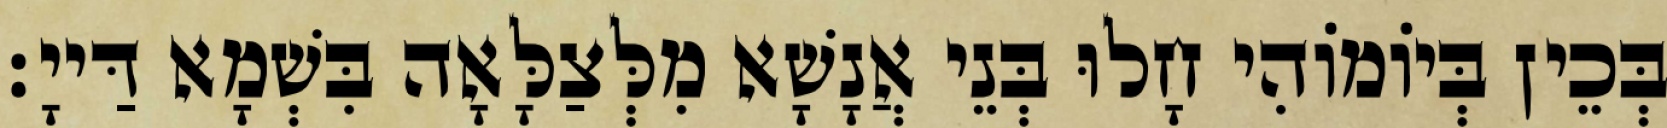
בְּכֵין בְּיוֹמוֹהִי חָלוּ בְּנֵי אֲנָשָׁא מִלְּצַלָּאָה בִּשְׁמָא דַּייָ׃